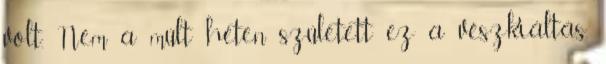
volt. Nem a múlt héten született ez a vészkiáltás,